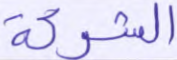
الشركة